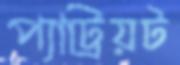
প্যাট্রিয়ট